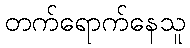
တက်ရောက်နေသူ